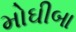
મોઘીબા